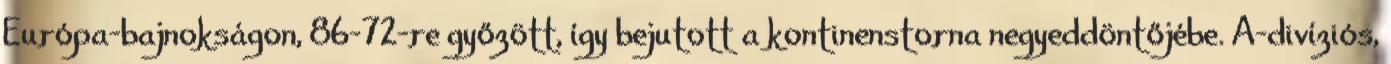
Európa-bajnokságon, 86-72-re győzött, így bejutott a kontinenstorna negyeddöntőjébe. A-divíziós,